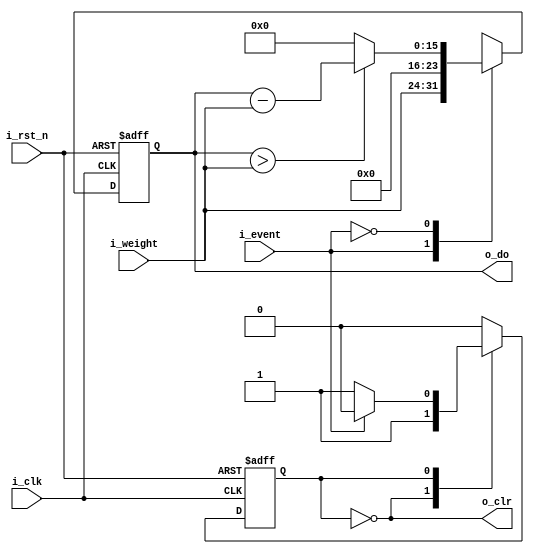
`timescale 1ns/10ps
module wlif
#(
parameter p_width = 8,
parameter p_nbit = 8)
(
input                        i_event,
input                        i_rst_n,
input                        i_clk,
input   [p_width-1:0]        i_weight,
output                       o_clr,
output  [p_width+p_nbit-1:0] o_do
);
parameter p_decay_width = p_width;
wire [p_width + p_nbit - 1:0]  w_shifted_weight;
reg  [p_width + p_nbit-1:0]    r_mul_counter;
reg                            r_state;

assign w_shifted_weight = {i_weight, {(p_nbit){1'b0}}};
always @(posedge i_clk or negedge i_rst_n) 
begin 
  if(!i_rst_n)	
      r_mul_counter <= 0;	  
  else 
     case(i_event)
	    1:begin
            #1 r_mul_counter <= w_shifted_weight; 
          end
        0:begin
			if(r_mul_counter > i_weight)
			   #3 r_mul_counter <= r_mul_counter - i_weight;
			else 
			   #1 r_mul_counter <= 0;
          end
      endcase		  
end

always @(posedge i_clk or negedge i_rst_n) 
begin 
  if(!i_rst_n)	  
	r_state <= 1'b0;
  else
    case(r_state)
	 0:begin
		 r_state <= 1'b1;	 
	   end
	 1:begin
         if(i_event) 
		   r_state <= 1'b0;	 
	   end	   	   
	endcase   
end
assign  o_clr = ~r_state;
assign  o_do  = r_mul_counter[p_width+p_nbit-1:0];
endmodule